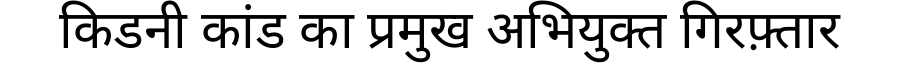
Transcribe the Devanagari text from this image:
किडनी कांड का प्रमुख अभियुक्त गिरफ़्तार